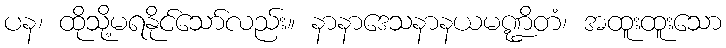
ပန၊ ထိုသို့မရနိုင်သော်လည်း။ နာနာဒေသနာနယမဏ္ဍိတံ၊ အထူးထူးသော